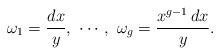
LaTeX: \begin{align*}\omega_{1}=\frac{dx}{y},\ \cdots,\ \omega_{g}=\frac{x^{g-1}\,dx}{y}.\end{align*}